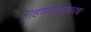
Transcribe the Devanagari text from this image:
राहण्याबरोबरच